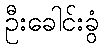
ဦးခေါင်းခွံ